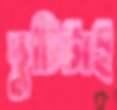
ছুটিটাই